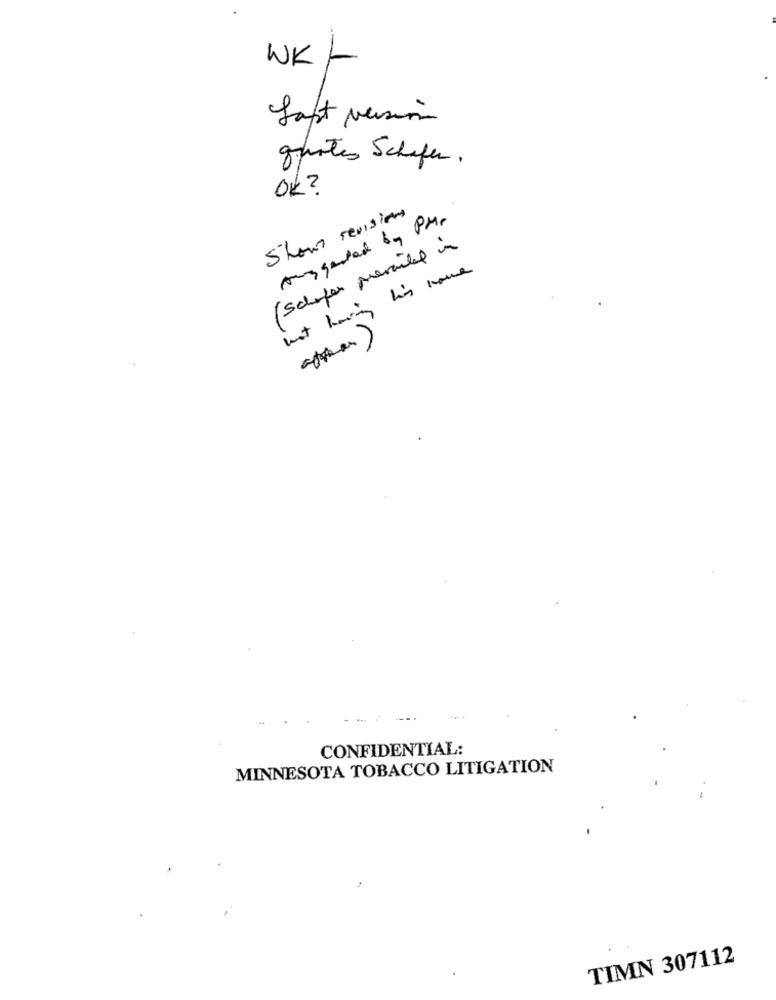
WK /
gurtes Schafer.
OK ?
5 hour revisions
Any gented by PM.
(Schopen prevailed in
not having his name
CONFIDENTIAL:
MINNESOTA TOBACCO LITIGATION
TIMN 307112